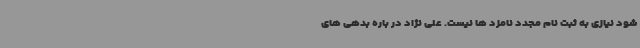
شود نیازی به ثبت نام مجدد نامزد ها نیست. علی نژاد در باره بدهی های